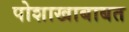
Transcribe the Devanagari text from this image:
पोशाखाबाबत